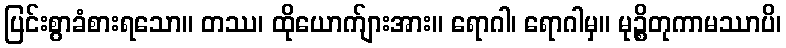
ပြင်းစွာခံစားရသော။ တဿ၊ ထိုယောက်ျားအား။ ရောဂါ၊ ရောဂါမှ။ မုဉ္စိတုကာမဿာပိ၊